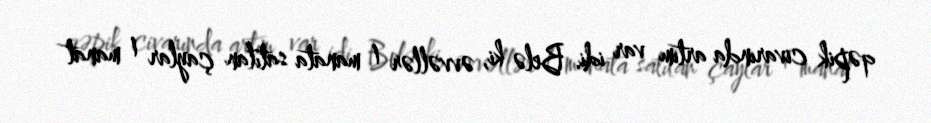
qəpik civarında artım var idi. Belə ki, əvvəllər 1 manata satılan çaylar 1 manat